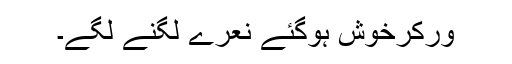
ورکرخوش ہوگئے نعرے لگنے لگے۔